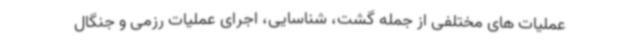
عملیات های مختلفی از جمله گشت، شناسایی، اجرای عملیات رزمی و جنگال